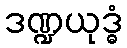
ဒဏ္ဍယုဒ္ဓံ